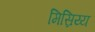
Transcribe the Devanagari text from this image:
मिस्रिय्य